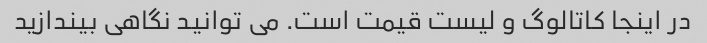
در اینجا کاتالوگ و لیست قیمت است. می توانید نگاهی بیندازید